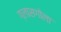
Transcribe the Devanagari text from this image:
ग्लासगोला